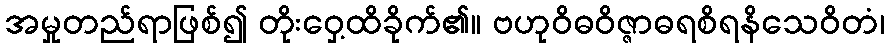
အမှုတည်ရာဖြစ်၍ တိုးဝှေ့ထိခိုက်၏။ ဗဟုဝိဓဝိဇ္ဇာဓရစိရနိသေဝိတံ၊